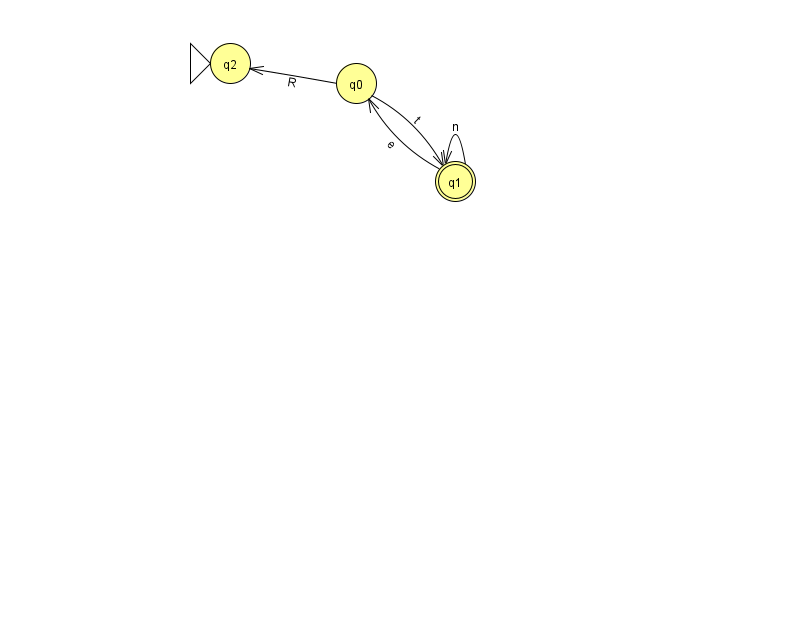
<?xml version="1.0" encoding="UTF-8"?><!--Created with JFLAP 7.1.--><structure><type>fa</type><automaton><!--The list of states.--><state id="0" name="q0"><x>356.0</x><y>70.0</y></state><state id="1" name="q1"><x>455.0</x><y>168.0</y><final/></state><state id="2" name="q2"><x>230.0</x><y>50.0</y><initial/></state><!--The list of transitions.--><transition><from>0</from><to>2</to><read>R</read></transition><transition><from>1</from><to>0</to><read>e</read></transition><transition><from>0</from><to>1</to><read>t</read></transition><transition><from>1</from><to>1</to><read>n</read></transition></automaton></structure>